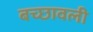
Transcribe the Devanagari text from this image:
बच्छावली